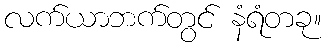
လက်ယာဘက်တွင် နံရံတခု။